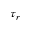
\tau _ { r }